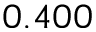
0 . 4 0 0